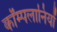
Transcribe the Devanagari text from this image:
कॉम्पलानियों